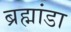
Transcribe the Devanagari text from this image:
ब्रह्मांडा